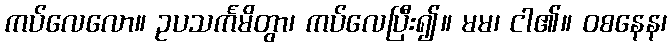
ကပ်လေလော။ ဥပသင်္ကမိတွာ၊ ကပ်လေပြီး၍။ မမ၊ ငါ၏။ ဝစနေန၊